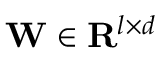
\mathbf { W } \in \mathbf { R } ^ { l \times d }